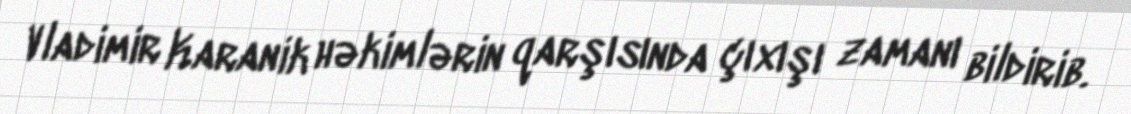
Vladimir Karanik həkimlərin qarşısında çıxışı zamanı bildirib.